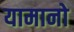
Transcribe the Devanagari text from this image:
यामानो